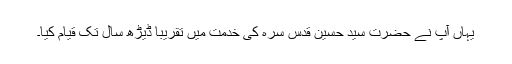
یہاں آپ نے حضرت سید حسین قدس سرہ کی خدمت میں تقریباً ڈیڑھ سال تک قیام کیا۔